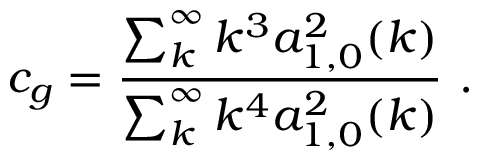
c _ { g } = \frac { \sum _ { k } ^ { \infty } k ^ { 3 } a _ { 1 , 0 } ^ { 2 } ( k ) } { \sum _ { k } ^ { \infty } k ^ { 4 } a _ { 1 , 0 } ^ { 2 } ( k ) } \ .